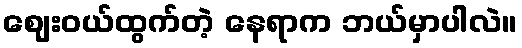
ဈေးဝယ်ထွက်တဲ့ နေရာက ဘယ်မှာပါလဲ။